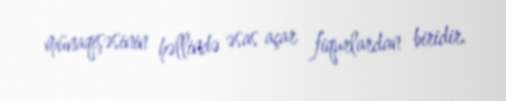
münaqişəsinin həllində əsas açar fiqurlardan biridir.